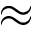
\approx